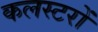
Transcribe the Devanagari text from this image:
कलस्टरों